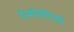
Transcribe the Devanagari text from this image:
देस्मोसेदिसी